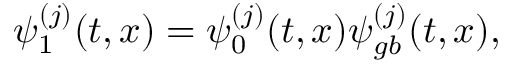
\psi _ { 1 } ^ { ( j ) } ( t , x ) = \psi _ { 0 } ^ { ( j ) } ( t , x ) \psi _ { g b } ^ { ( j ) } ( t , x ) ,